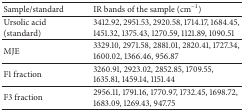
<table><thead><tr><td><b>Sample/standard</b></td><td><b>IR bands of the sample (cm<sup>−1</sup>)</b></td></tr></thead><tbody><tr><td>Ursolic acid (standard)</td><td>3412.92, 2951.53, 2920.58, 1714.17, 1684.45, 1451.32, 1375.43, 1270.59, 1121.89, 1090.51</td></tr><tr><td>MJE</td><td>3329.10, 2971.58, 2881.01, 2820.41, 1727.34, 1600.02, 1366.46, 956.87</td></tr><tr><td>F1 fraction</td><td>3260.91, 2923.02, 2852.85, 1709.55, 1635.81, 1459.14, 1151.44</td></tr><tr><td>F3 fraction</td><td>2956.11, 1791.16, 1770.97, 1732.45, 1698.72, 1683.09, 1269.43, 947.75</td></tr></tbody></table>